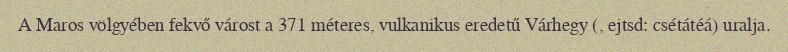
A Maros völgyében fekvő várost a 371 méteres, vulkanikus eredetű Várhegy (, ejtsd: csétátéá) uralja.